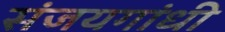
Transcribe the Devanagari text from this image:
संजयगांधी